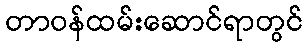
တာဝန်ထမ်းဆောင်ရာတွင်